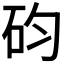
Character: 𥐩